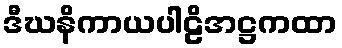
ဒီဃနိကာယပါဠိအဋ္ဌကထာ